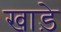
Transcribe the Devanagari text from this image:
खाड़े